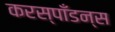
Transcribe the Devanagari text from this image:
करस्‍पाँडन्स